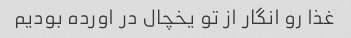
غذا رو انگار از تو یخچال در اورده بودیم